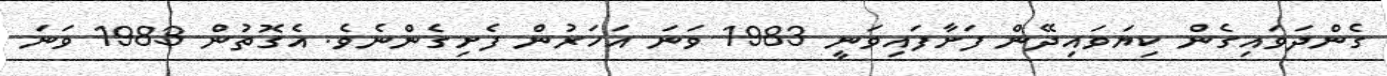
ގެންދަވައިގެން ކިޔަވައިދޭން ފަށާފައިވަނީ 1983 ވަނަ އަހަރުން ފެށިގެންނެެވެ. އެގޮތުން 1983 ވަނަ